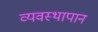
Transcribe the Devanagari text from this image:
व्यवस्थापान